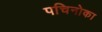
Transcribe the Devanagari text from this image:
पचिनोका